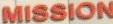
MISSION